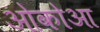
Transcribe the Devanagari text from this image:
ओकोआ